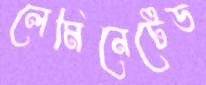
লেমিনেটেড